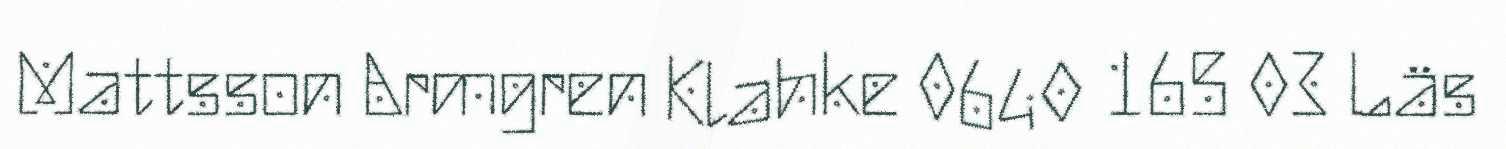
Mattsson Armgren Klahke 0640 165 03 Läs